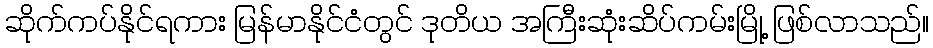
ဆိုက်ကပ်နိုင်ရကား မြန်မာနိုင်ငံတွင် ဒုတိယ အကြီးဆုံးဆိပ်ကမ်းမြို့ ဖြစ်လာသည်။